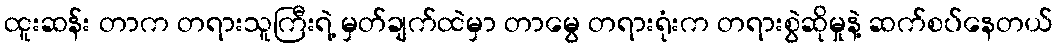
ထူးဆန်း တာက တရားသူကြီးရဲ့ မှတ်ချက်ထဲမှာ တာမွေ တရားရုံးက တရားစွဲဆိုမှုနဲ့ ဆက်စပ်နေတယ်